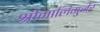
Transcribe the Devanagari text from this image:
श्रीमालिगुर्जर